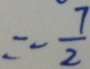
= - \frac { 7 } { 2 }